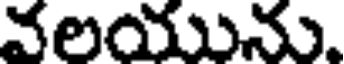
వలయును.